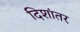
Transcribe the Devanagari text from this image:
दिशांतर